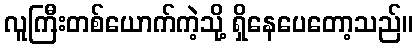
လူကြီးတစ်ယောက်ကဲ့သို့ ရှိနေပေတော့သည်။